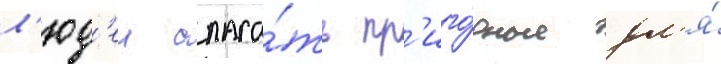
л'юд'еи спаса́ть пр'иго́дные дл'я́